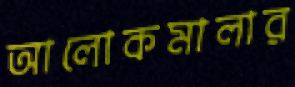
আলোকমালার